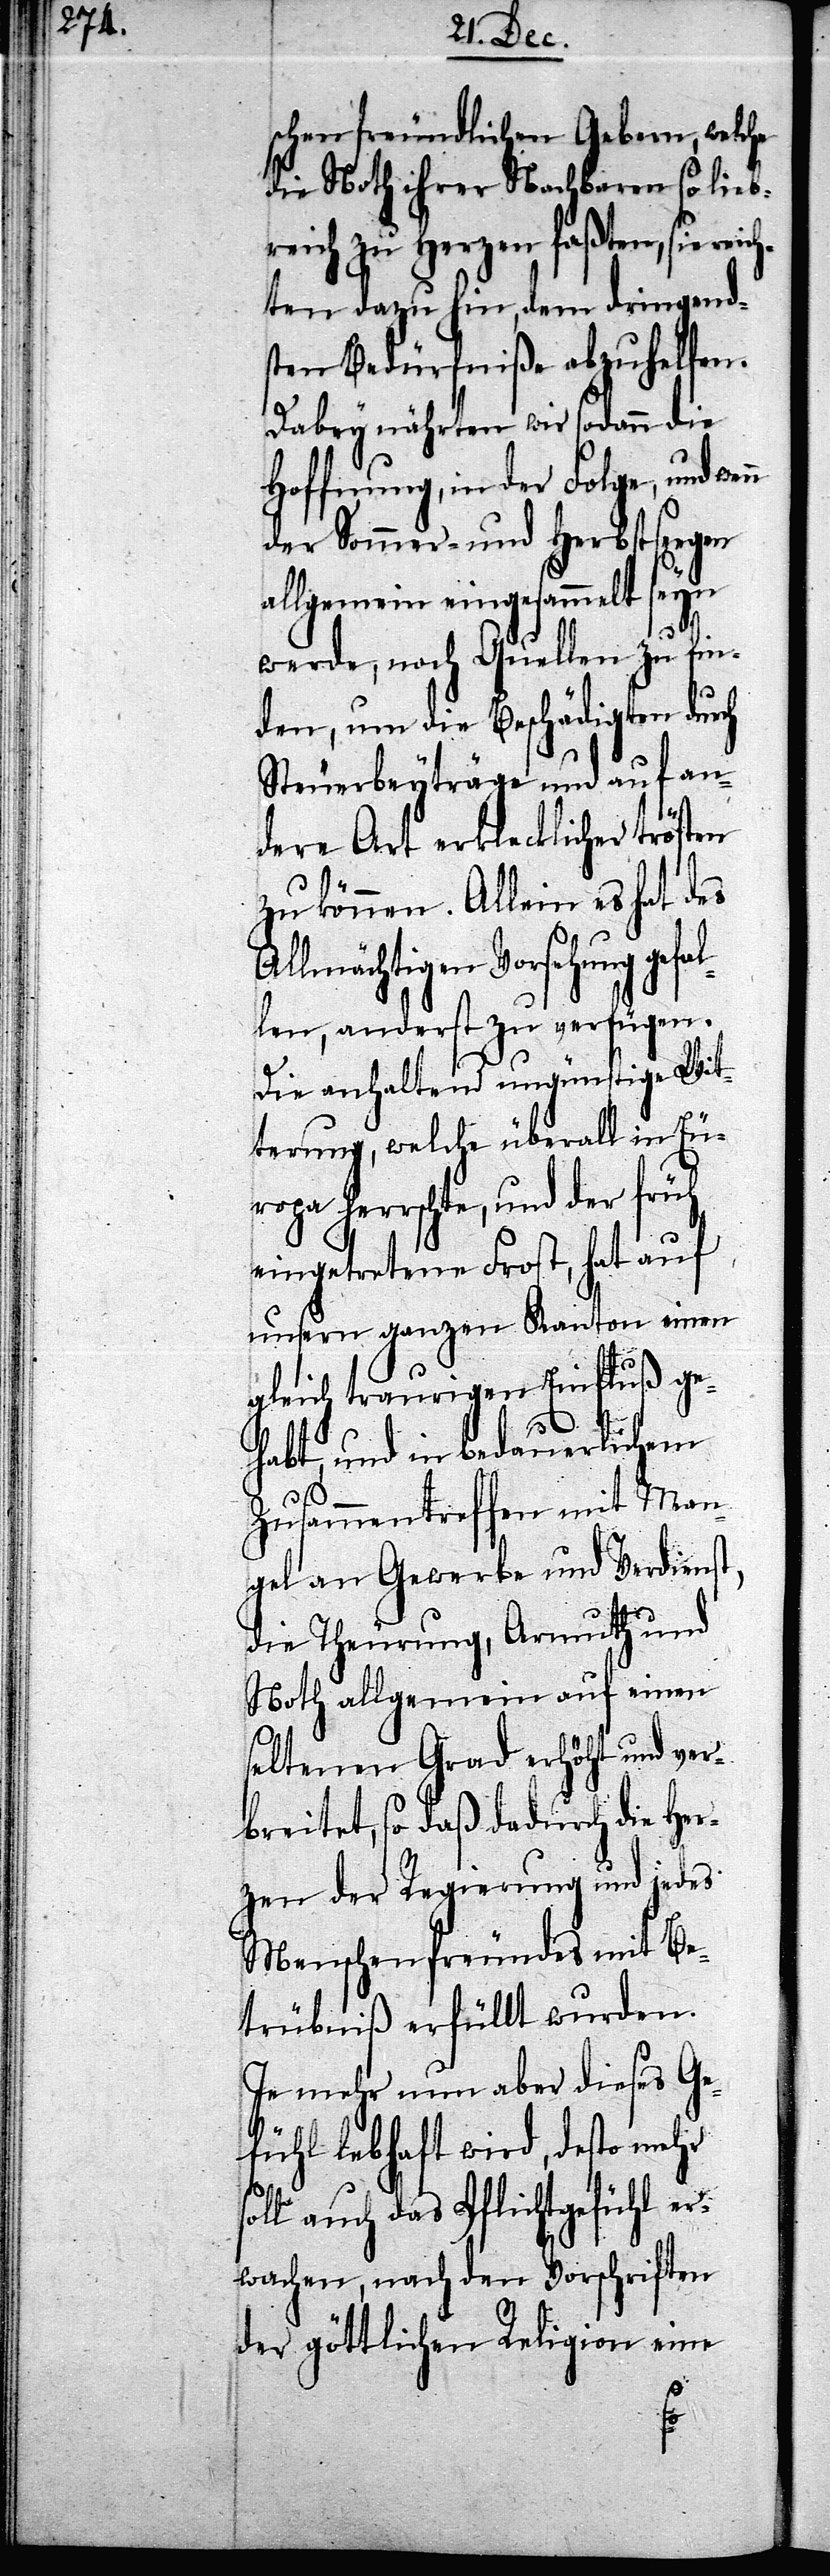
schenfreundlichen Gebern, welche
die Noth ihrer Nachbaren so lieb¬
reich zu Herzen faßten, sie reic¬
hten dazu hin, dem dringend¬
sten Bedürfniße abzuhelfen.
Dabey nährten wir sodann die
Hoffnung, in der Folge, und wen¬
der Sommer- und Herbstsegen
allgemein eingesammelt seyn
werde, noch Quellen zu fin¬
den, um die Beschädigten durch
Steuerbeyträge und auf an¬
dere Art erklecklicher trösten
zu können. Allein es hat des
Allmächtigen Vorsehung gefa¬
len, anderst zu verfügen.
Die anhaltend ungünstige Wit¬
terung, welche überall in Eu¬
ropa herrschte, und der früh
eingetretene Frost, hat auf
unsern ganzen Kanton einen
gleich traurigen Einfluß ge¬
s¬
habt, und in bedauerlichem
Zusammentreffen mit Man¬
gel an Gewerbe und Verdienst,
die Theurung, Armuth und
Noth allgemein auf einen
seltenen Grad erhöht und ver¬
breitet, so daß dadurch die Her¬
zen der Regierung und jedes
Menschenfreundes mit Be¬
trübniß erfüllt wurden.
Je mehr nun aber dieses Ge¬
fühl lebhaft wird, desto mehr
oll auch das Pflichtgefühl er¬
wachen, nach den Vorschriften
der göttlichen Religion eine